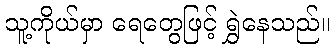
သူ့ကိုယ်မှာ ရေတွေဖြင့် ရွှဲနေသည်။